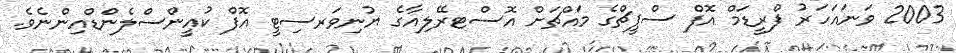
2003 ވަނައަހަރު ފްރީޑަމް އޮފް ސްޕީޗްގެ މައްޗަށް އޮސްޓރޭލިއާގެ ޔުނިވަރސިޓީ އޮފް ކުއީންސްލެންޑްއިންނެވެ.